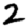
Digit: 2